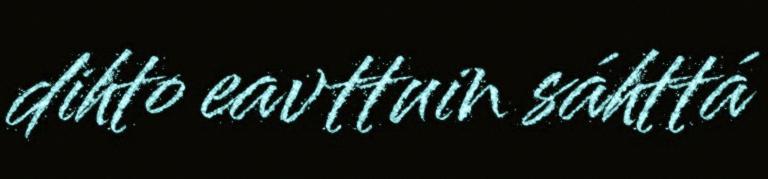
dihto eavttuin sáhttá